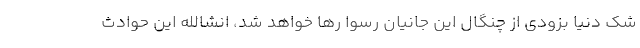
شک دنیا بزودی از چنگال این جانیان رسوا رها خواهد شد، انشالله این حوادث